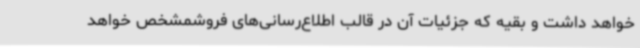
خواهد داشت و بقیه که جزئیات آن در قالب اطلاع‌رسانی‌های فروشمشخص خواهد